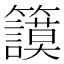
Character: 𥷺